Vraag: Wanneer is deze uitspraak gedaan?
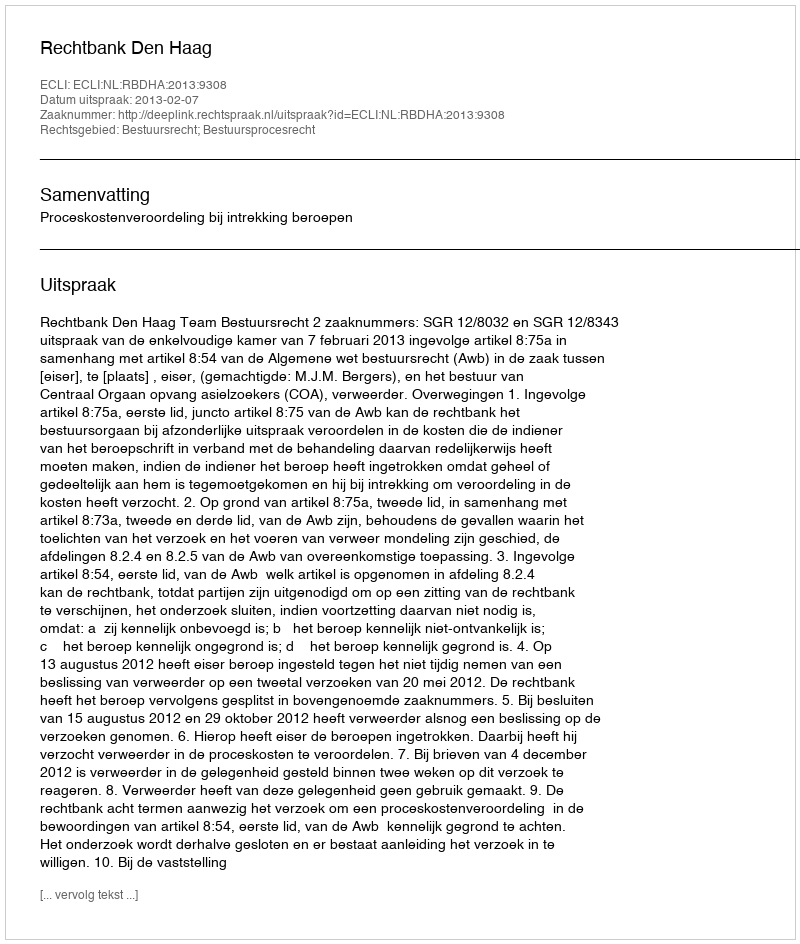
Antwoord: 2013-02-07